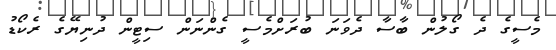
މެސީގެ ދެ ގޯލުން ބާސާ ދެވަނަ ބުރަށްމެސީ ގެންނަން ސިޓީން ދުނިޔޭގެ ރެކޯޑު